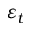
\varepsilon _ { t }